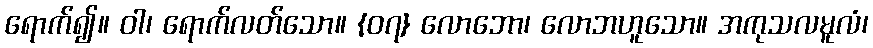
ရောက်၍။ ဝါ၊ ရောက်လတ်သော။ {၀၇} လောဘော၊ လောဘဟူသော။ အကုသလမူလံ၊